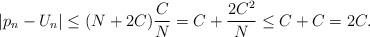
LaTeX: \begin{align*}|p_n - U_n| \leq (N+2C)\frac{C}{N} = C + \frac{2C^2}{N} \leq C +C = 2C.\end{align*}